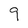
Character: 9